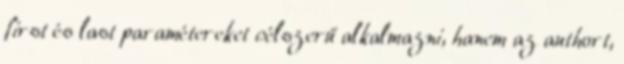
first és last paramétereket célszerű alkalmazni, hanem az authort,